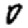
Digit: 0